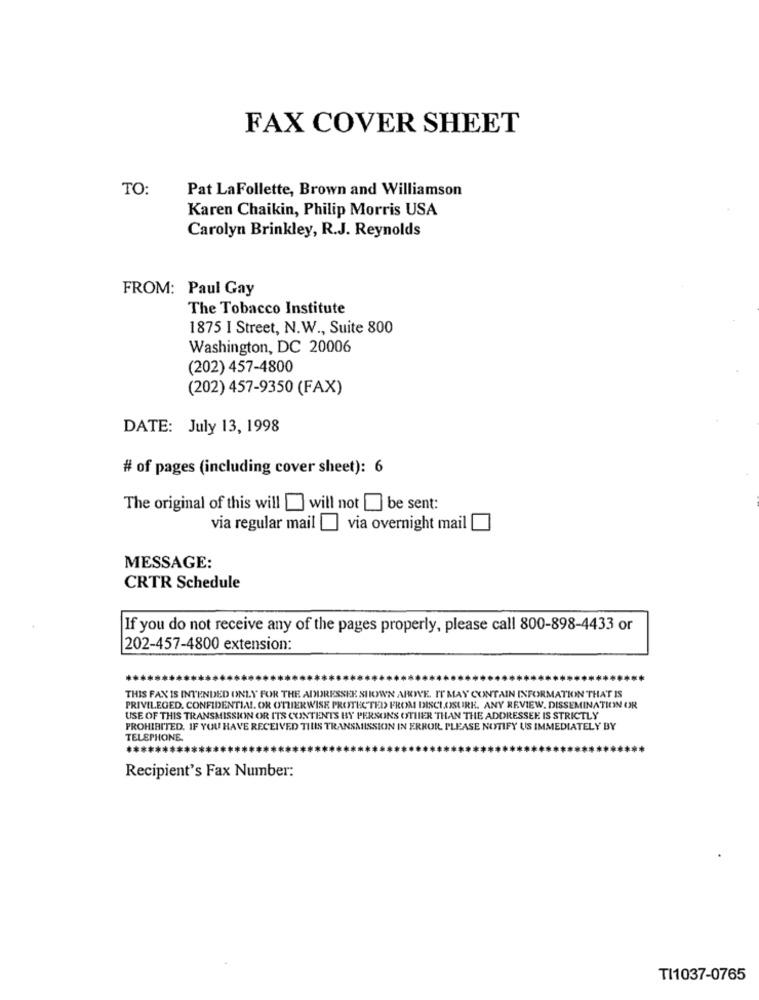
FAX COVER SHEET
TO:
Pat LaFollette, Brown and Williamson
Karen Chaikin, Philip Morris USA
Carolyn Brinkley, R.J. Reynolds
FROM: Paul Gay
The Tobacco Institute
1875 I Street, N.W ., Suite 800
Washington, DC 20006
(202) 457-4800
(202) 457-9350 (FAX)
DATE: July 13, 1998
# of pages (including cover sheet): 6
The original of this will [ will not be sent:
via regular mail [ via overnight mail
MESSAGE:
CRTR Schedule
If you do not receive any of the pages properly, please call 800-898-4433 or
202-457-4800 extension:
THIS FAX IS INTENDED ONLY FOR THE ADDRESSEE SHOWN ABOVE. IT MAY CONTAIN INFORMATION THAT IS
PRIVILEGED, CONFIDENTIAL OR OTHERWISE PROTECTED FROM DISCLOSURE. ANY REVIEW, DISSEMINATION OR
USE OF THIS TRANSMISSION OR ITS CONTENTS BY PERSONS OTHER THAN THE ADDRESSEE. IS STRICTLY
PROHIBITED. IF YOU HAVE RECEIVED THIS TRANSMISSION IN ERROR PLEASE NOTIFY US IMMEDIATELY BY
TELEPHONE
Recipient's Fax Number:
TI1037-0765